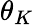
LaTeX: \theta_{K}